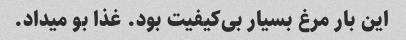
این بار مرغ بسیار بی‌کیفیت بود. غذا بو میداد.